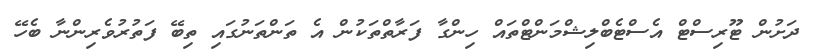
ދަށުން ޓޫރިސްޓް އެސްޓެބްލިޝްމަންޓްތައް ހިންގާ ފަރާތްތަކުން އެ ތަންތަނުގައި ތިބޭ ފަތުރުވެރިންނާ ބެހޭ